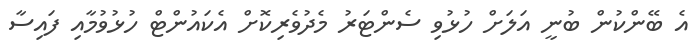
އެ ބޭންކުން ބުނީ އަލަށް ހުޅުވި ސެންޓަރު މެދުވެރިކޮށް އެކައުންޓް ހުޅުވުމާއި ފައިސާ